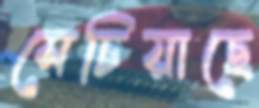
সেচিয়াছে